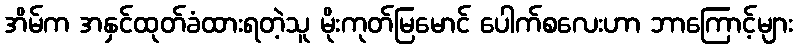
အိမ်က အနှင်ထုတ်ခံထားရတဲ့သူ မိုးကုတ်မြမောင် ပေါက်စလေးဟာ ဘာကြောင့်များ